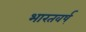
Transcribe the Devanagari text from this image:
भारतवर्ष्